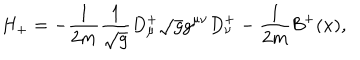
H _ { + } = - \frac { 1 } { 2 m } \frac { 1 } { \sqrt { g } } D _ { \mu } ^ { + } \sqrt { g } g ^ { \mu \nu } D _ { \nu } ^ { + } - \frac { 1 } { 2 m } { \mathcal { B } } ^ { + } ( x ) ,